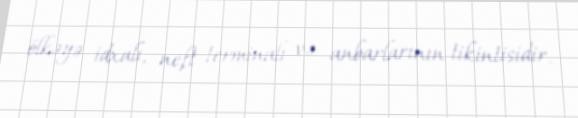
ölkəyə idxalı, neft terminalı və anbarlarının tikintisidir.